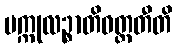
ပက္ကုလဉ္စာတိဝတ္တတီတိ